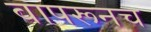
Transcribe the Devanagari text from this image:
वापरूनच